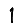
Digit: 1